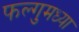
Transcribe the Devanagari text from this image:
फल्गुमध्या